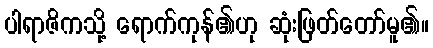
ပါရာဇိကသို့ ရောက်ကုန်၏ဟု ဆုံးဖြတ်တော်မူ၏။